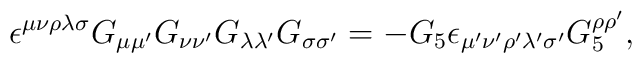
\epsilon^{\mu\nu\rho\lambda\sigma} G_{\mu\mu'} G_{\nu\nu'} G_{\lambda \lambda'}G_{\sigma\sigma'} = - G_5 \epsilon_{\mu' \nu' \rho' \lambda' \sigma'}G_5^{\rho\rho'},